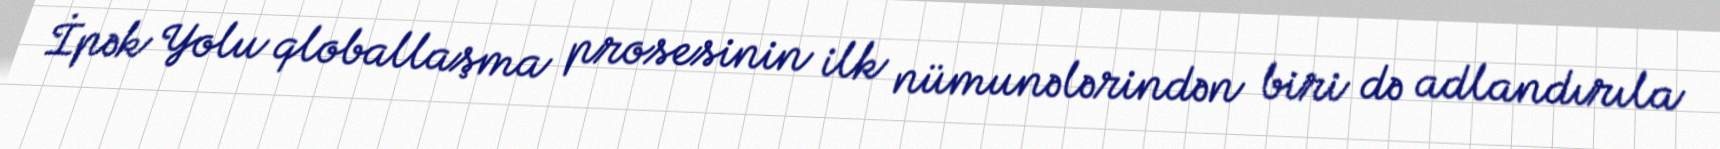
İpək Yolu qloballaşma prosesinin ilk nümunələrindən biri də adlandırıla